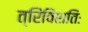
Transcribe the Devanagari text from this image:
त्रिंविंशतिः